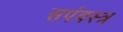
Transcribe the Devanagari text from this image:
सर्पवस्त्र